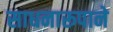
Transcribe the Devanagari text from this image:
साधनारूपाने